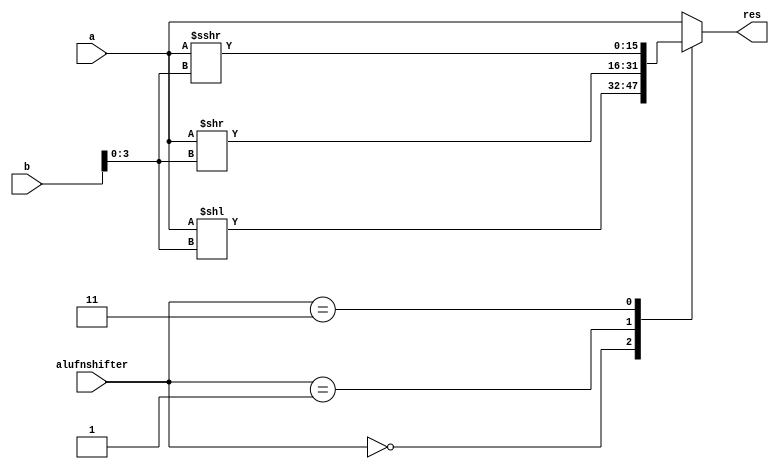
module shifterFunction_10 (
    input [15:0] a,
    input [15:0] b,
    input [1:0] alufnshifter,
    output reg [15:0] res
  );
  
  
  
  always @* begin
    
    case (alufnshifter)
      2'h0: begin
        res = a << b[0+3-:4];
      end
      2'h1: begin
        res = a >> b[0+3-:4];
      end
      2'h3: begin
        res = $signed(a) >>> b[0+3-:4];
      end
      default: begin
        res = a;
      end
    endcase
  end
endmodule